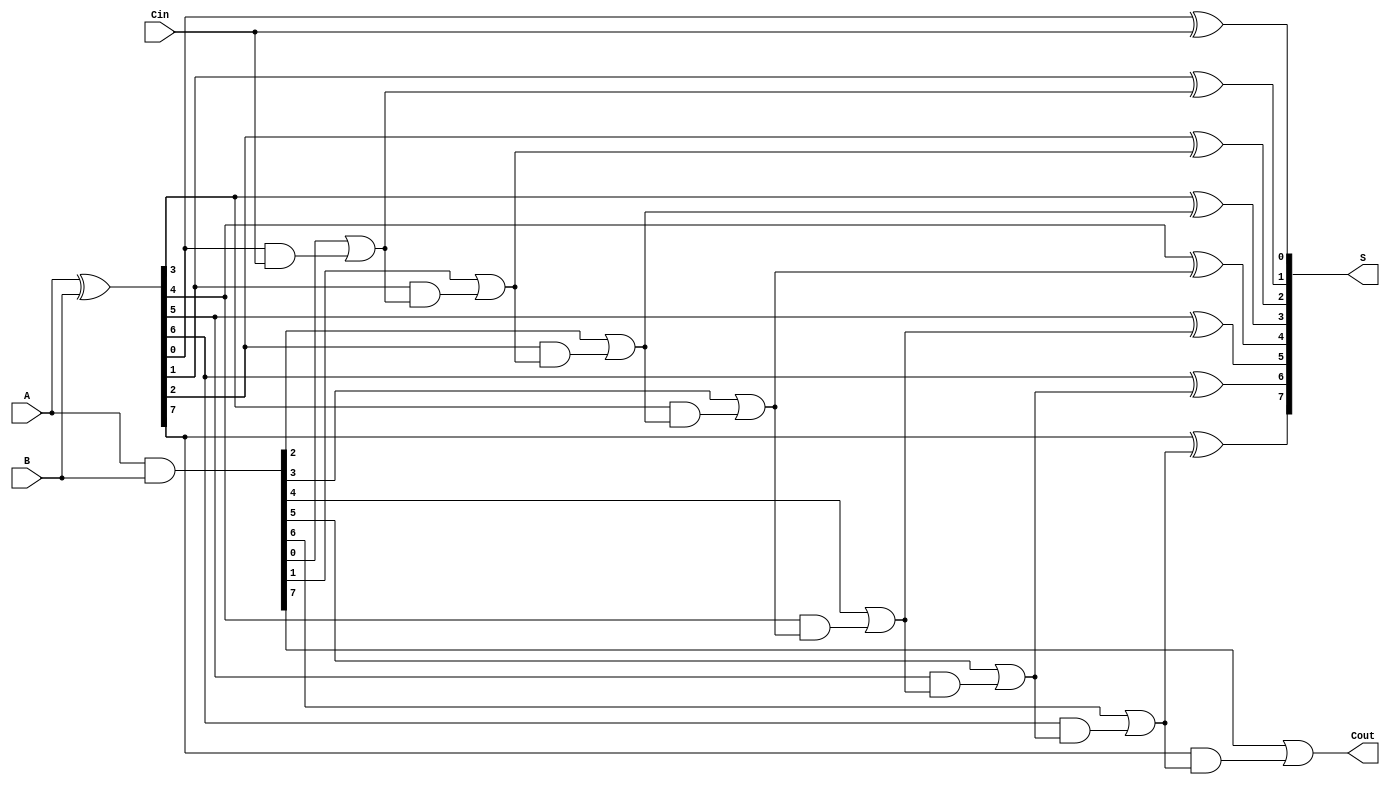
module SklanskyAdder #(parameter n = 8) (
    input [n-1:0] A,      // First n-bit input
    input [n-1:0] B,      // Second n-bit input
    input Cin,            // Carry-in
    output [n-1:0] S,     // n-bit sum output
    output Cout           // Carry-out
);

    // Generate and Propagate signals
    wire [n-1:0] G; // Generate signals
    wire [n-1:0] P; // Propagate signals
    wire [n:0] C;   // Carry signals (C[0] to C[n])

    // Generate and Propagate calculations
    assign G = A & B;                // G[i] = A[i] & B[i]
    assign P = A ^ B;                // P[i] = A[i] ^ B[i]

    // Carry calculations
    assign C[0] = Cin;               // C[0] = Cin
    genvar i;
    generate
        for (i = 1; i < n; i = i + 1) begin : carry_generation
            assign C[i] = G[i-1] | (P[i-1] & C[i-1]); // C[i] = G[i-1] | (P[i-1] & C[i-1])
        end
    endgenerate

    // Sum calculations
    generate
        for (i = 0; i < n; i = i + 1) begin : sum_generation
            assign S[i] = P[i] ^ C[i]; // S[i] = P[i] ^ C[i]
        end
    endgenerate

    // Final carry-out
    assign Cout = G[n-1] | (P[n-1] & C[n-1]); // Cout = G[n-1] | (P[n-1] & C[n-1])

endmodule